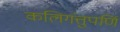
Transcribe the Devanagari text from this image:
कलिगंत्तुपर्णि